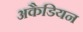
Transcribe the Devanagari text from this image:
अकैडियन